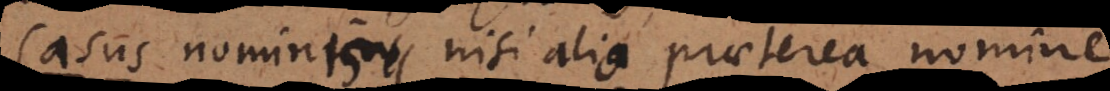
nominis, nisi alio praeterea nomine